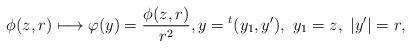
LaTeX: \begin{align*}\phi(z,r)\longmapsto \varphi(y)=\frac{\phi(z,r)}{r^{2}},y={}^{t}(y_1,y'),\ y_1=z,\ |y'|=r, \end{align*}